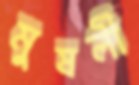
মুষলী